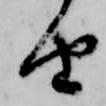
由